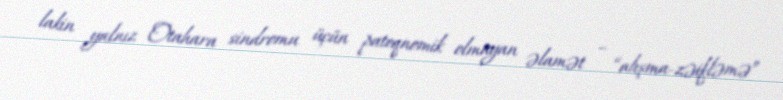
lakin yalnız Otahara sindromu üçün patoqnomik olmayan əlamət – “alışma-zəifləmə”